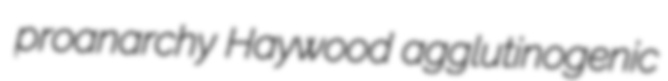
proanarchy Haywood agglutinogenic